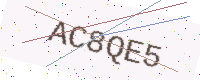
Text: AC8QE5